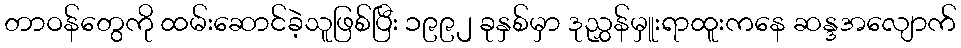
တာဝန်တွေကို ထမ်းဆောင်ခဲ့သူဖြစ်ပြီး ၁၉၉၂ ခုနှစ်မှာ ဒုညွှန်မှူးရာထူးကနေ ဆန္ဒအလျောက်